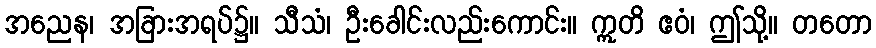
အညေန၊ အခြားအရပ်၌။ သီသံ၊ ဦးခေါင်းလည်းကောင်း။ ဣတိ ဧဝံ၊ ဤသို့။ တတော